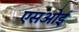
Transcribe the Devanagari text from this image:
एसओई